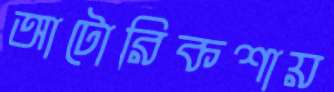
আটোরিকশায়